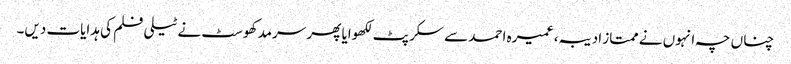
چناں چہ انہوں نے ممتاز ادیبہ، عمیرہ احمد سے سکرپٹ لکھوایا پھر سرمد کھوسٹ نے ٹیلی فلم کی ہدایات دیں۔